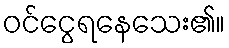
ဝင်ငွေရနေသေး၏။